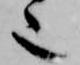
也